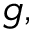
{ \mathfrak { g } } ,